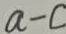
a - c